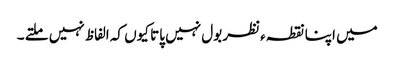
میں اپنا نقطہءنظر بول نہیں پاتا کیوں کہ الفاظ نہیں ملتے ۔